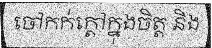
ចៅកក់ក្តៅក្នុងចិត្ត និង